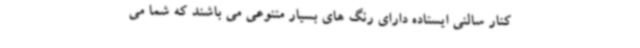
کنار سالنی ایستاده دارای رنگ های بسیار متنوعی می باشند که شما می